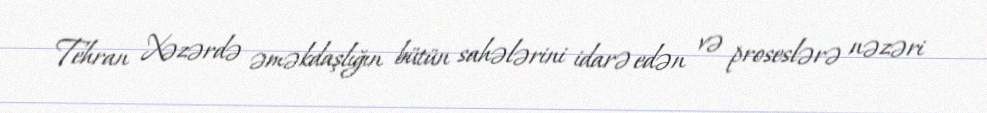
Tehran Xəzərdə əməkdaşlığın bütün sahələrini idarə edən və proseslərə nəzəri